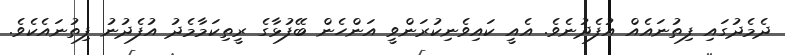
ދެމެދުގައި ފިތުނައެއް އުފެދުނެވެ. އެއީ ކައިވެނިކުރަންވީ އަންހެން ބޭފުޅާގެ ރީތިކަމާމެދު އުފެދުނު ފިތުނައެކެވެ.